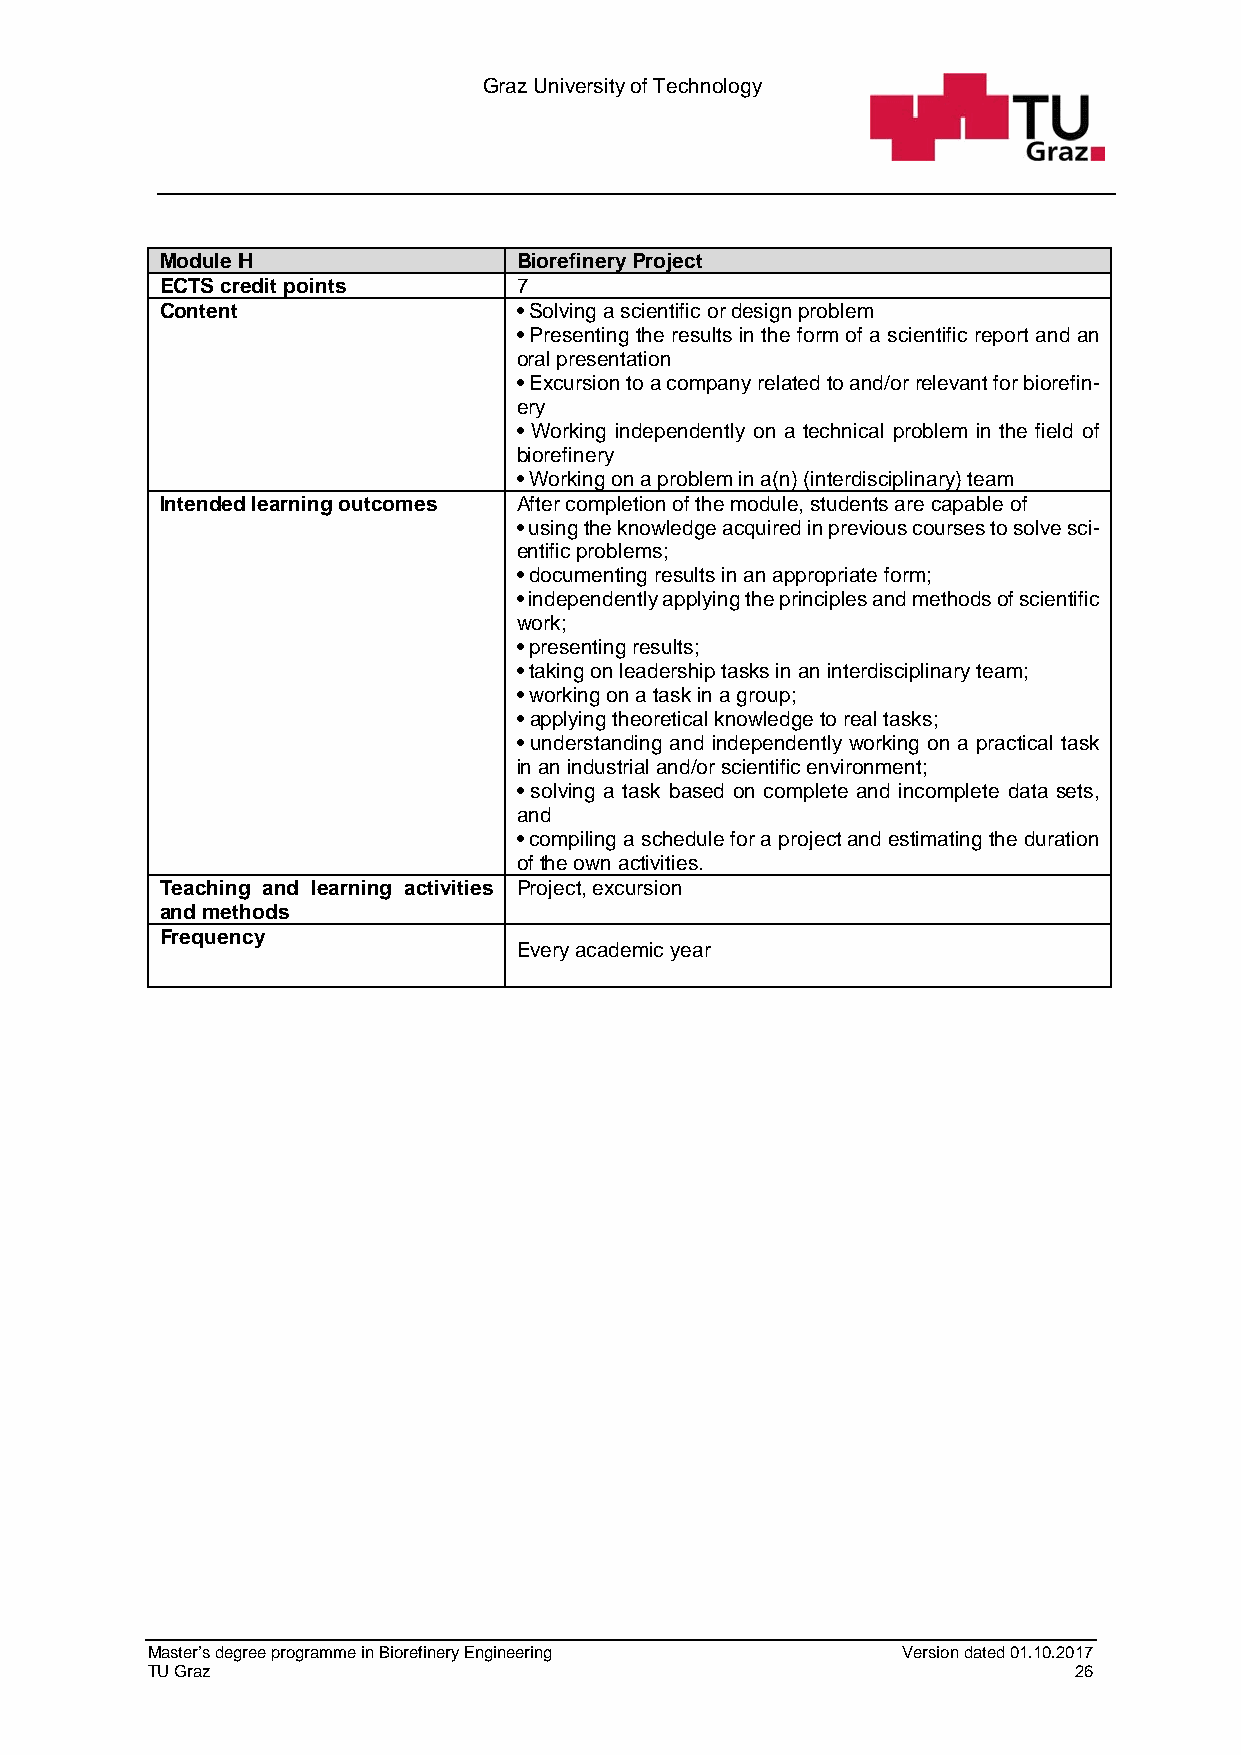
Graz University of Technology
 Module H               Biorefinery Project
 ECTS credit points     7
 Content                • Solving a scientific or design problem
 • Presenting the results in the form of a scientific report and an
 oral presentation
 • Excursion to a company related to and/or relevant for biorefin-
 ery
 • Working independently on a technical problem in the field of
 biorefinery
 • Working on a problem in a(n) (interdisciplinary) team
 Intended learning outcomes After completion of the module, students are capable of
 • using the knowledge acquired in previous courses to solve sci-
 entific problems;
 • documenting results in an appropriate form;
 • independently applying the principles and methods of scientific
 work;
 • presenting results;
 • taking on leadership tasks in an interdisciplinary team;
 • working on a task in a group;
 • applying theoretical knowledge to real tasks;
 • understanding and independently working on a practical task
 in an industrial and/or scientific environment;
 • solving a task based on complete and incomplete data sets,
 and
 • compiling a schedule for a project and estimating the duration
 of the own activities.
 Teaching and learning activities Project, excursion
 and methods
 Frequency
 Every academic year
 Master’s degree programme in Biorefinery Engineering Version dated 01.10.2017
 TU Graz                                                      26